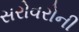
સરોવરોની